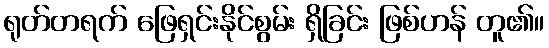
ရုတ်တရက် ဖြေရှင်းနိုင်စွမ်း ရှိခြင်း ဖြစ်ဟန် တူ၏။